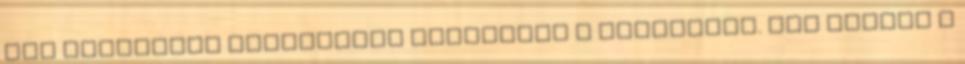
egy csatárral előretolva küzdöttek a berliniek. Míg Dárdai a